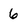
Character: 6